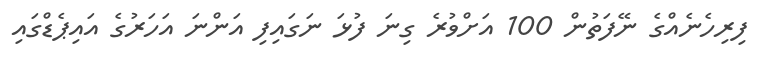
ފިރިހެނެއްގެ ނޭފަތުން 100 އަށްވުރެ ގިނަ ފުޅަ ނަގައިފި އަންނަ އަހަރުގެ އައިޕެޑްގައި